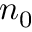
n _ { 0 }